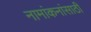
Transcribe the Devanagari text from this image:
नामांकनांसाठी